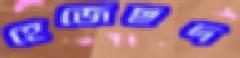
হেজেছদ